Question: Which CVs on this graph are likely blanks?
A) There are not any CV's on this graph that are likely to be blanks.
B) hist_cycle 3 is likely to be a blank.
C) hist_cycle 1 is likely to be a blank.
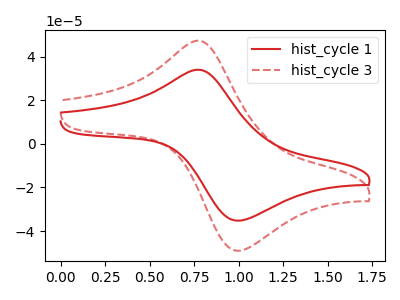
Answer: <think>The red curve "hist_cycle 1" has an anodic peak at (0.80V, 34.00uA) and a cathodic peak at (1.00V, -35.10uA). The red dashed curve "hist_cycle 3" has an anodic peak at (0.80V, 47.30uA) and a cathodic peak at (1.00V, -48.85uA).</think>
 <answer>A) There are not any CV's on this graph that are likely to be blanks.</answer>
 <eval>A</eval>